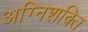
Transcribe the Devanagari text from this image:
अग्निशक्ति